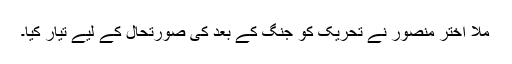
ملا اختر منصور نے تحریک کو جنگ کے بعد کی صورتحال کے لیے تیار کیا۔